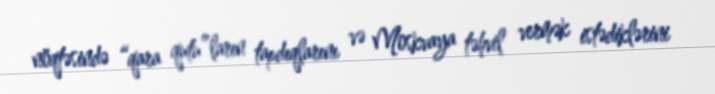
nöqtəsində “qara qutu”ların tapdıqlarını və Moskvaya təhvil vermək istədiklərini